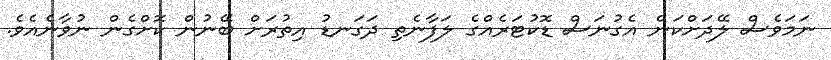
ނަމަވެސް ލޭދަށްކަން އެގުނަސް ޑޮކުޓަރެއްގެ ލަފާނެތި ދަގަނޑު އިތުރަށް ބޭނުން ކޮށްގެން ނުވާނެއެވެ.